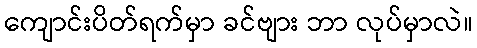
ကျောင်းပိတ်ရက်မှာ ခင်ဗျား ဘာ လုပ်မှာလဲ။